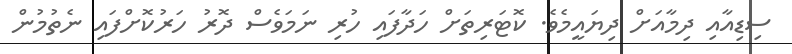
ސިޑިއާއި ދިމާއަށް ދިޔައީމެވެ. ކޮޓަރިތަށް ހަދާފައި ހުރި ނަމަވެސް ދޮރު ހަރުކޮށްފައި ނެތުމުން